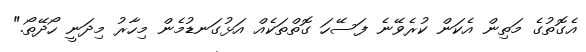
އެގޮތުގެ މަތިން އެކަން ކުރެވޭނެ ފަސޭހަ ގޮތްތަކެއް އަޅުގަނޑުމެން މިހާރު މިދަނީ ހޯދޭތޯ."